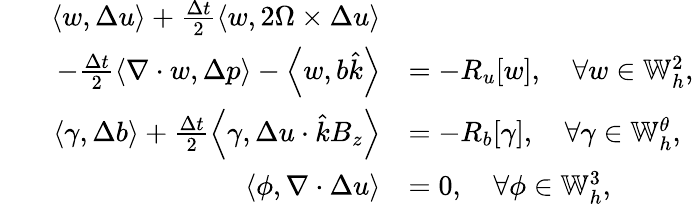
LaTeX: \begin{array}{rl}{\left\langle w,\Delta u\right\rangle+\frac{\Delta t}{2}\left\langle w,2\Omega\times\Delta u\right\rangle}&{}\\ {\qquad-\frac{\Delta t}{2}\left\langle\nabla\cdot w,\Delta p\right\rangle-\left\langle w,b\hat{k}\right\rangle}&{=-R_{u}[w],\quad\forall w\in\mathbb{W}_{h}^{2},}\\ {\left\langle\gamma,\Delta b\right\rangle+\frac{\Delta t}{2}\left\langle\gamma,\Delta u\cdot\hat{k}B_{z}\right\rangle}&{=-R_{b}[\gamma],\quad\forall\gamma\in\mathbb{W}_{h}^{\theta},}\\ {\left\langle\phi,\nabla\cdot\Delta u\right\rangle}&{=0,\quad\forall\phi\in\mathbb{W}_{h}^{3},}\end{array}